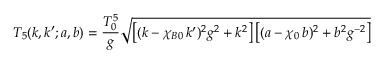
T _ { 5 } ( k , k ^ { \prime } ; a , b ) = \frac { T _ { 0 } ^ { 5 } } { g } \sqrt { \left[ ( k - \chi _ { B 0 } \, k ^ { \prime } ) ^ { 2 } g ^ { 2 } + k ^ { 2 } \right] \left[ ( a - \chi _ { 0 } \, b ) ^ { 2 } + b ^ { 2 } g ^ { - 2 } \right] }